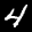
Label: 4